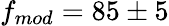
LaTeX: f_{mod}=85\pm 5